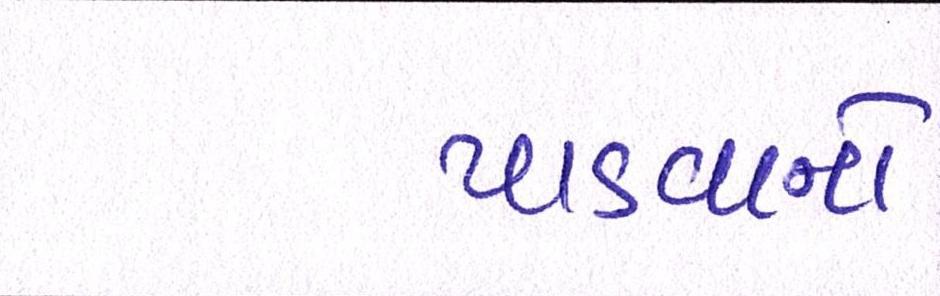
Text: પાડવાનો